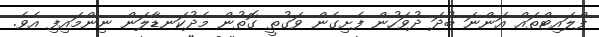
ފްލައިޓްތައް އަންނަ ބުދަ ދުވަހުން ފެށިގެން ވަގުތީ ގޮތުން މެދުކަނޑާލަން ނިންމައިފި އެވެ.